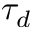
\tau _ { d }